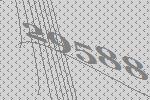
29588